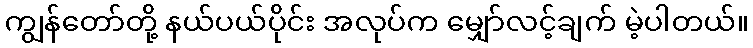
ကျွန်တော်တို့ နယ်ပယ်ပိုင်း အလုပ်က မျှော်လင့်ချက် မဲ့ပါတယ်။